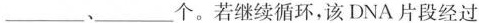
__、___个。若继续循环，该DNA片段经过